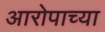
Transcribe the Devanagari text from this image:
आरोपाच्या